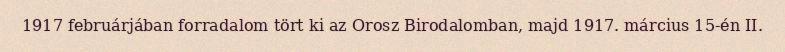
1917 februárjában forradalom tört ki az Orosz Birodalomban, majd 1917. március 15-én II.